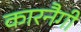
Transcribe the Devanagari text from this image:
कारनैगी